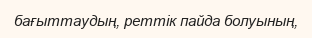
бағыттаудың, реттік пайда болуының,